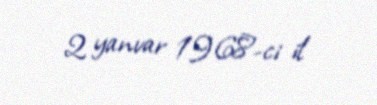
2 yanvar 1968-ci il